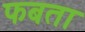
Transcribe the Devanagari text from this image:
फबता